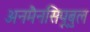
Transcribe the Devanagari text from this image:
अनमैनसिपूबुल